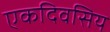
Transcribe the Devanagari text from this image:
एकदिवसिय